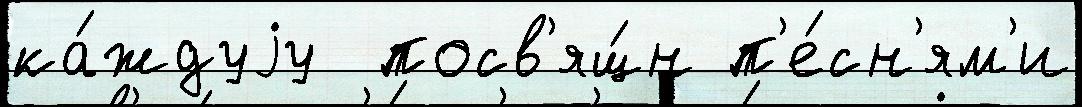
ка́ждуjу  посв'ящ́н п'е́сн'ям'и